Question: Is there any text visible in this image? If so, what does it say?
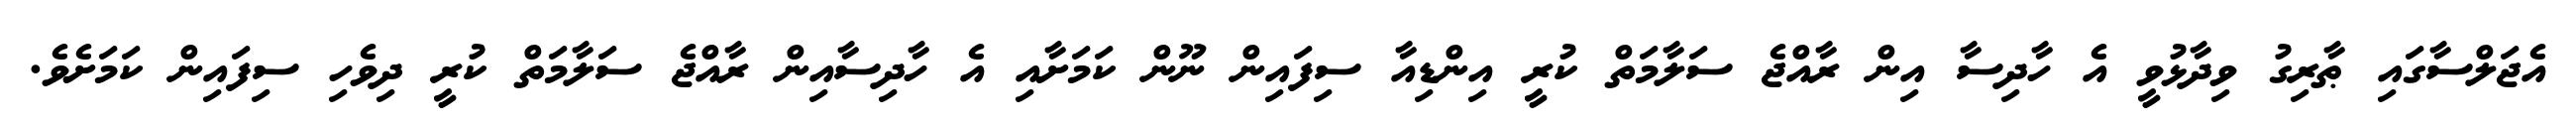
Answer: އެޖަލްސާގައި ޠާރިގު ވިދާޅުވީ އެ ހާދިސާ އިން ރާއްޖެ ސަލާމަތް ކުރީ އިންޑިއާ ސިފައިން ނޫން ކަމަށާއި އެ ހާދިސާއިން ރާއްޖެ ސަލާމަތް ކުރީ ދިވެހި ސިފައިން ކަމަށެވެ.